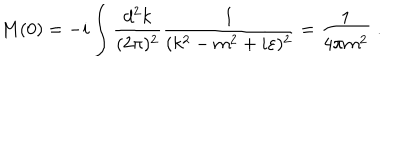
M ( 0 ) = - i \int \frac { d ^ { 2 } k } { ( 2 \pi ) ^ { 2 } } \frac { 1 } { ( k ^ { 2 } - m ^ { 2 } + i \varepsilon ) ^ { 2 } } = \frac { 1 } { 4 \pi m ^ { 2 } } \; .